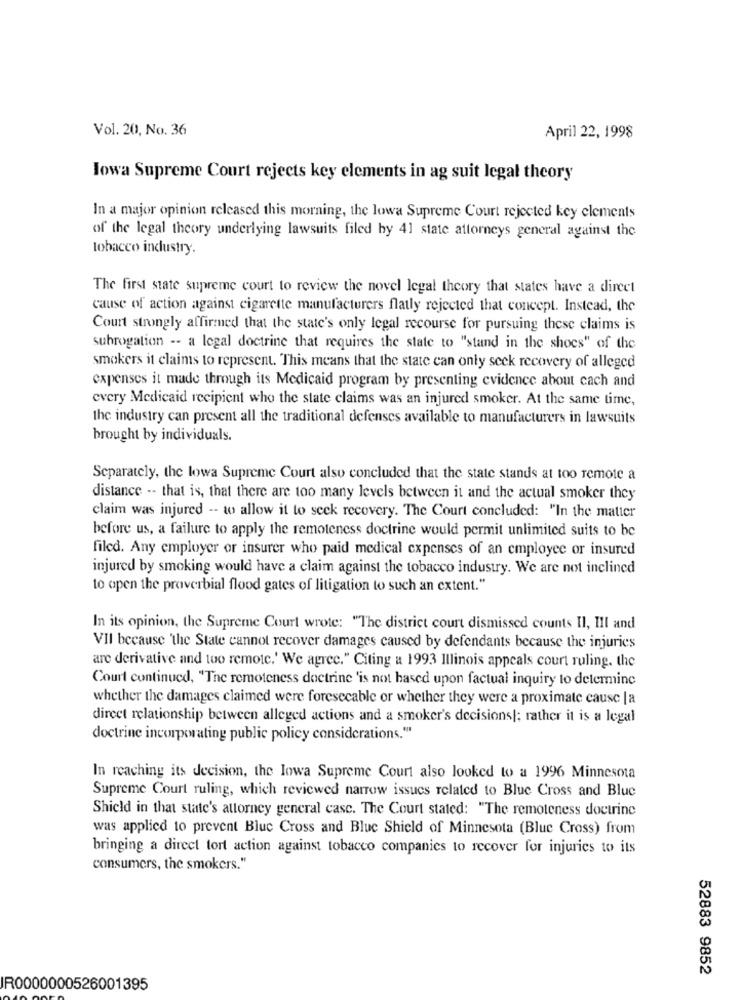
Vol. 20, No. 36
April 22, 1998
Iowa Supreme Court rejects key elements in ag suit legal theory
In a major opinion released this morning, the lowa Supreme Court rejected key elements
of the legal theory underlying lawsuits filed by 41 state attorneys general against the
tobacco industry.
The first state supreme court to review the novel legal theory that states have a direct
cause of action against cigarette manufacturers flatly rejected that concept. Instead, the
Court strongly affirmed that the state's only legal recourse for pursuing these claims is
subrogation -- a legal doctrine that requires the state to "stand in the shoes" of the
smokers it claims to represent. This means that the state can only seek recovery of alleged
expenses it made through its Medicaid program by presenting evidence about cach and
every Medicaid recipient who the state claims was an injured smoker. At the same time,
the industry can present all the traditional defenses available to manufacturers in lawsuits
brought by individuals.
Separately, the lowa Supreme Court also concluded that the state stands at too remote a
distance -- that is, that there are too many levels between it and the actual smoker they
claim was injured -- to allow it to seek recovery. The Court concluded: "In the matter
before us, a failure to apply the remoteness doctrine would permit unlimited suits to be
filed. Any employer or insurer who paid medical expenses of an employee or insured
injured by smoking would have a claim against the tobacco industry. We are not inclined
to open the proverbial flood gates of litigation to such an extent."
In its opinion, the Supreme Court wrote: "The district court dismissed counts Il, Ill and
VII because 'the State cannot recover damages caused by defendants because the injuries
are derivative and too remote.' We agree." Citing a 1993 Illinois appeals court ruling, the
Court continued, "The remoteness doctrine 'is not based upon factual inquiry to determine
whether the damages claimed were foreseeable or whether they were a proximate cause | a
dircet relationship between alleged actions and a smoker's decisions|; rather it is a legal
doctrine incorporating public policy considerations."
In reaching its decision, the lowa Supreme Court also looked to a 1996 Minnesota
Supreme Court ruling, which reviewed narrow issues related to Blue Cross and Blue
Shield in that state's attorney general casc. The Court stated: "The remoteness doctrine
was applied to prevent Blue Cross and Blue Shield of Minnesota (Blue Cross) from
bringing a direct tort action against tobacco companies to recover for injuries to its
consumers, the smokers."
52883 9852
IR0000000526001395